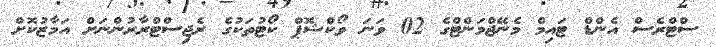
ސްޓްރެސް އެންޑް ޓައިމް މެނޭޖްމަންޓްގެ 02 ވަނަ ވޯކްޝޮޕް ކޯޓުތަކުގެ ރެޖިސްޓްރާރުންނަށް އަމާޒުކޮށް